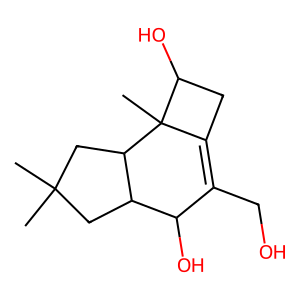
SMILES: CC1(C)CC2C(O)C(CO)=C3CC(O)C3(C)C2C1
Inhibits HIV replication: No